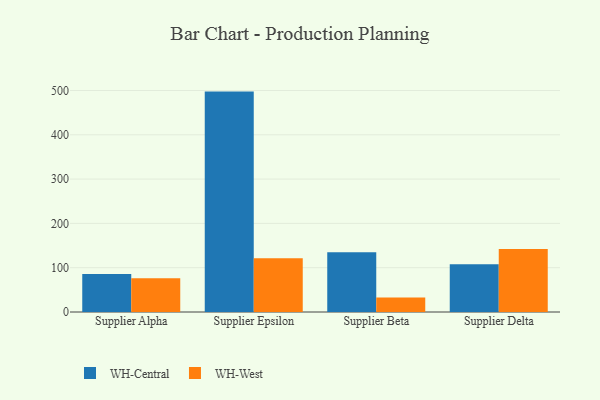
{"axis": {"x": "Supplier", "y": "Churn Rate (%)"}, "legend": ["WH-Central", "WH-West"], "data": [{"x": "Supplier Alpha", "y": 85.5, "type": "WH-Central"}, {"x": "Supplier Alpha", "y": 76.1, "type": "WH-West"}, {"x": "Supplier Epsilon", "y": 497.5, "type": "WH-Central"}, {"x": "Supplier Epsilon", "y": 121.4, "type": "WH-West"}, {"x": "Supplier Beta", "y": 134.6, "type": "WH-Central"}, {"x": "Supplier Beta", "y": 32.9, "type": "WH-West"}, {"x": "Supplier Delta", "y": 107.6, "type": "WH-Central"}, {"x": "Supplier Delta", "y": 142.0, "type": "WH-West"}]}